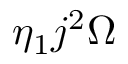
\eta _ { 1 } j ^ { 2 } \Omega